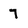
Character: 7